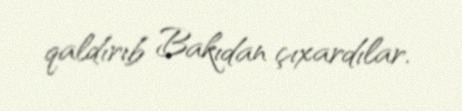
qaldırıb Bakıdan çıxardılar.